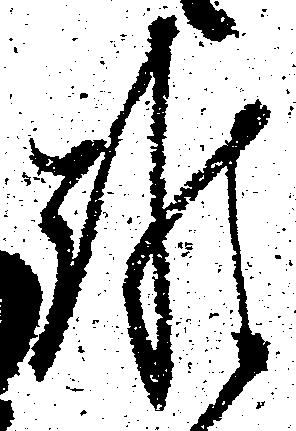
難